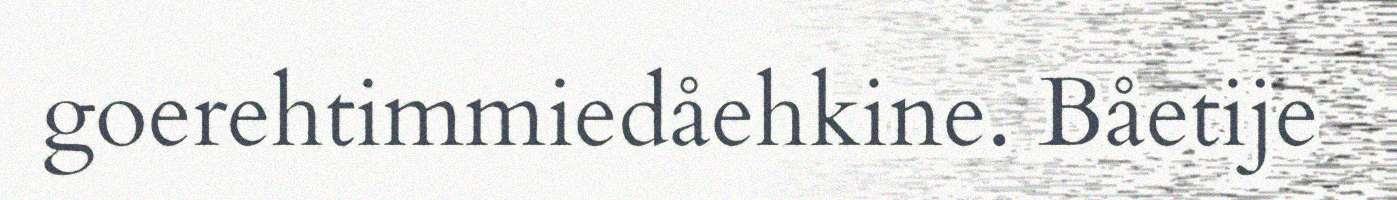
goerehtimmiedåehkine. Båetije